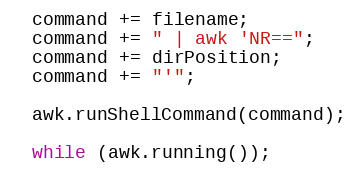
Language: C++
  command += filename;
  command += " | awk 'NR==";
  command += dirPosition;
  command += "'";

  awk.runShellCommand(command);

  while (awk.running());